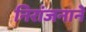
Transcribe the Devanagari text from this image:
निरांजनाने